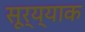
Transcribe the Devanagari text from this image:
सूर्य्याक